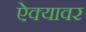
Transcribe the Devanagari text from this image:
ऐक्यावर